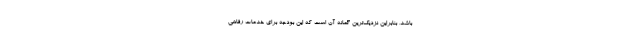
باشد، بنابراین نزدیک‌ترین گمانه آن است که این بودجه برای خدمات رفاهی